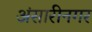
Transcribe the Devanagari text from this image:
अंसारीनगर